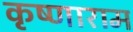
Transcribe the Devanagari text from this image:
कृष्णाराम